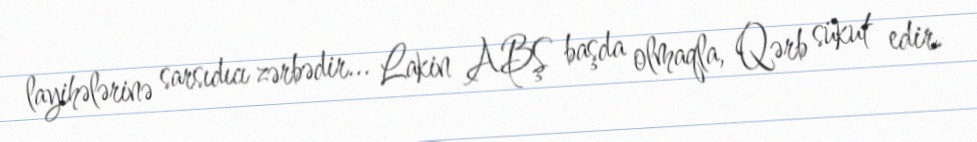
layihələrinə sarsıdıcı zərbədir... Lakin ABŞ başda olmaqla, Qərb sükut edir.